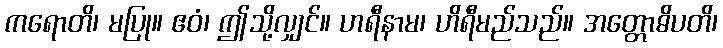
ကရောတိ၊ မပြု။ ဧဝံ၊ ဤသို့လျှင်။ ဟရီနာမ၊ ဟိရီမည်သည်။ အတ္တောဓိပတိ၊